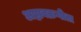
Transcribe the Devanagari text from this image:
अष्टावक्रगीता